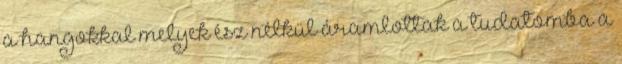
a hangokkal melyek ész nélkül áramlottak a tudatomba a